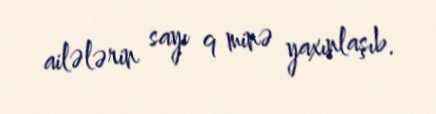
ailələrin sayı 9 minə yaxınlaşıb.